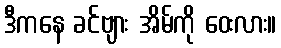
ဒီကနေ ခင်ဗျား အိမ်ကို ဝေးလား။